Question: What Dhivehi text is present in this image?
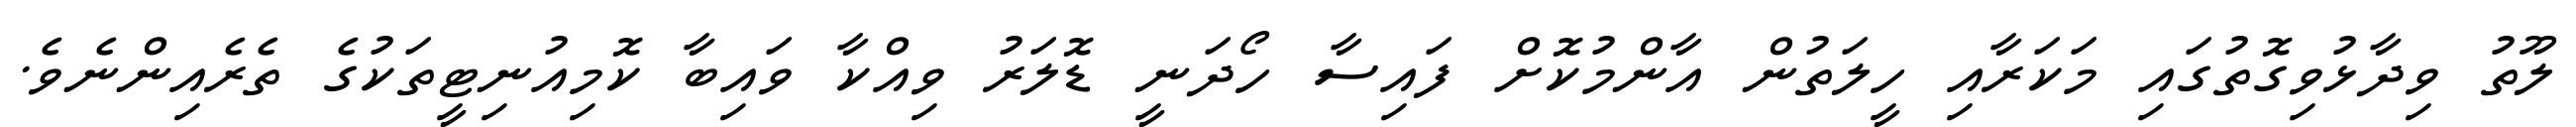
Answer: ލޫތު ވިދާޅުވިގޮތުގައި މަކަރާއި ހީލަތުން އާންމުކޮށް ފައިސާ ހޯދަނީ ޑޮލަރު ވިއްކާ ވައިބާ ކޮމިއުނިޓީތަކުގެ ތެރެއިންނެވެ.